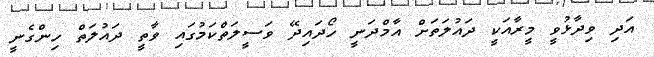
އަދި ވިދާޅުވީ މީރާއަކީ ދައުލަތަށް އާމްދަނީ ހޯދައިދޭ ވަސީލަތްކަމުގައި ވާތީ ދައުލަތް ހިންގެނީ